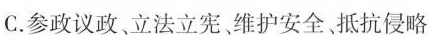
C.参政议政、立法立宪、维护安全、抵抗侵略